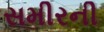
સમીરની